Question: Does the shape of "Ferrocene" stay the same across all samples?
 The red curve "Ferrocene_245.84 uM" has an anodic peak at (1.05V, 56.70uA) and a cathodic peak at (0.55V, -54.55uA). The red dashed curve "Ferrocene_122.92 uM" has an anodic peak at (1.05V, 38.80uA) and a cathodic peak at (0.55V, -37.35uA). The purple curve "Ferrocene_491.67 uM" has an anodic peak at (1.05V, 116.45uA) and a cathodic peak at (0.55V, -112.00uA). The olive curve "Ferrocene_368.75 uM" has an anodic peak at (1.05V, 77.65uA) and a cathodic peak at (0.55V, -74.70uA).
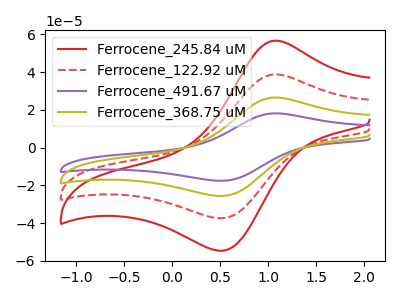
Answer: <think>All the peaks in "Ferrocene_245.84 uM" have a peak in "Ferrocene_122.92 uM" at the same potential. Every peak in "Ferrocene_245.84 uM" is higher than every peak in "Ferrocene_122.92 uM". All the peaks in "Ferrocene_245.84 uM" have a peak in "Ferrocene_491.67 uM" at the same potential. Every peak in "Ferrocene_245.84 uM" is lower than every peak in "Ferrocene_491.67 uM". All the peaks in "Ferrocene_245.84 uM" have a peak in "Ferrocene_368.75 uM" at the same potential. Every peak in "Ferrocene_245.84 uM" is lower than every peak in "Ferrocene_368.75 uM". All the peaks in "Ferrocene_122.92 uM" have a peak in "Ferrocene_491.67 uM" at the same potential. Every peak in "Ferrocene_122.92 uM" is lower than every peak in "Ferrocene_491.67 uM". All the peaks in "Ferrocene_122.92 uM" have a peak in "Ferrocene_368.75 uM" at the same potential. Every peak in "Ferrocene_122.92 uM" is lower than every peak in "Ferrocene_368.75 uM". All the peaks in "Ferrocene_491.67 uM" have a peak in "Ferrocene_368.75 uM" at the same potential. Every peak in "Ferrocene_491.67 uM" is higher than every peak in "Ferrocene_368.75 uM".
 </think>
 <answer>All the CV's of "Ferrocene" have similar shape.</answer>
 <eval>follow_rule</eval>